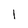
Character: 1